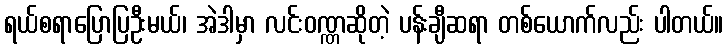
ရယ်စရာပြောပြဦးမယ်၊ အဲဒါမှာ လင်းဝဏ္ဏဆိုတဲ့ ပန်းချီဆရာ တစ်ယောက်လည်း ပါတယ်။